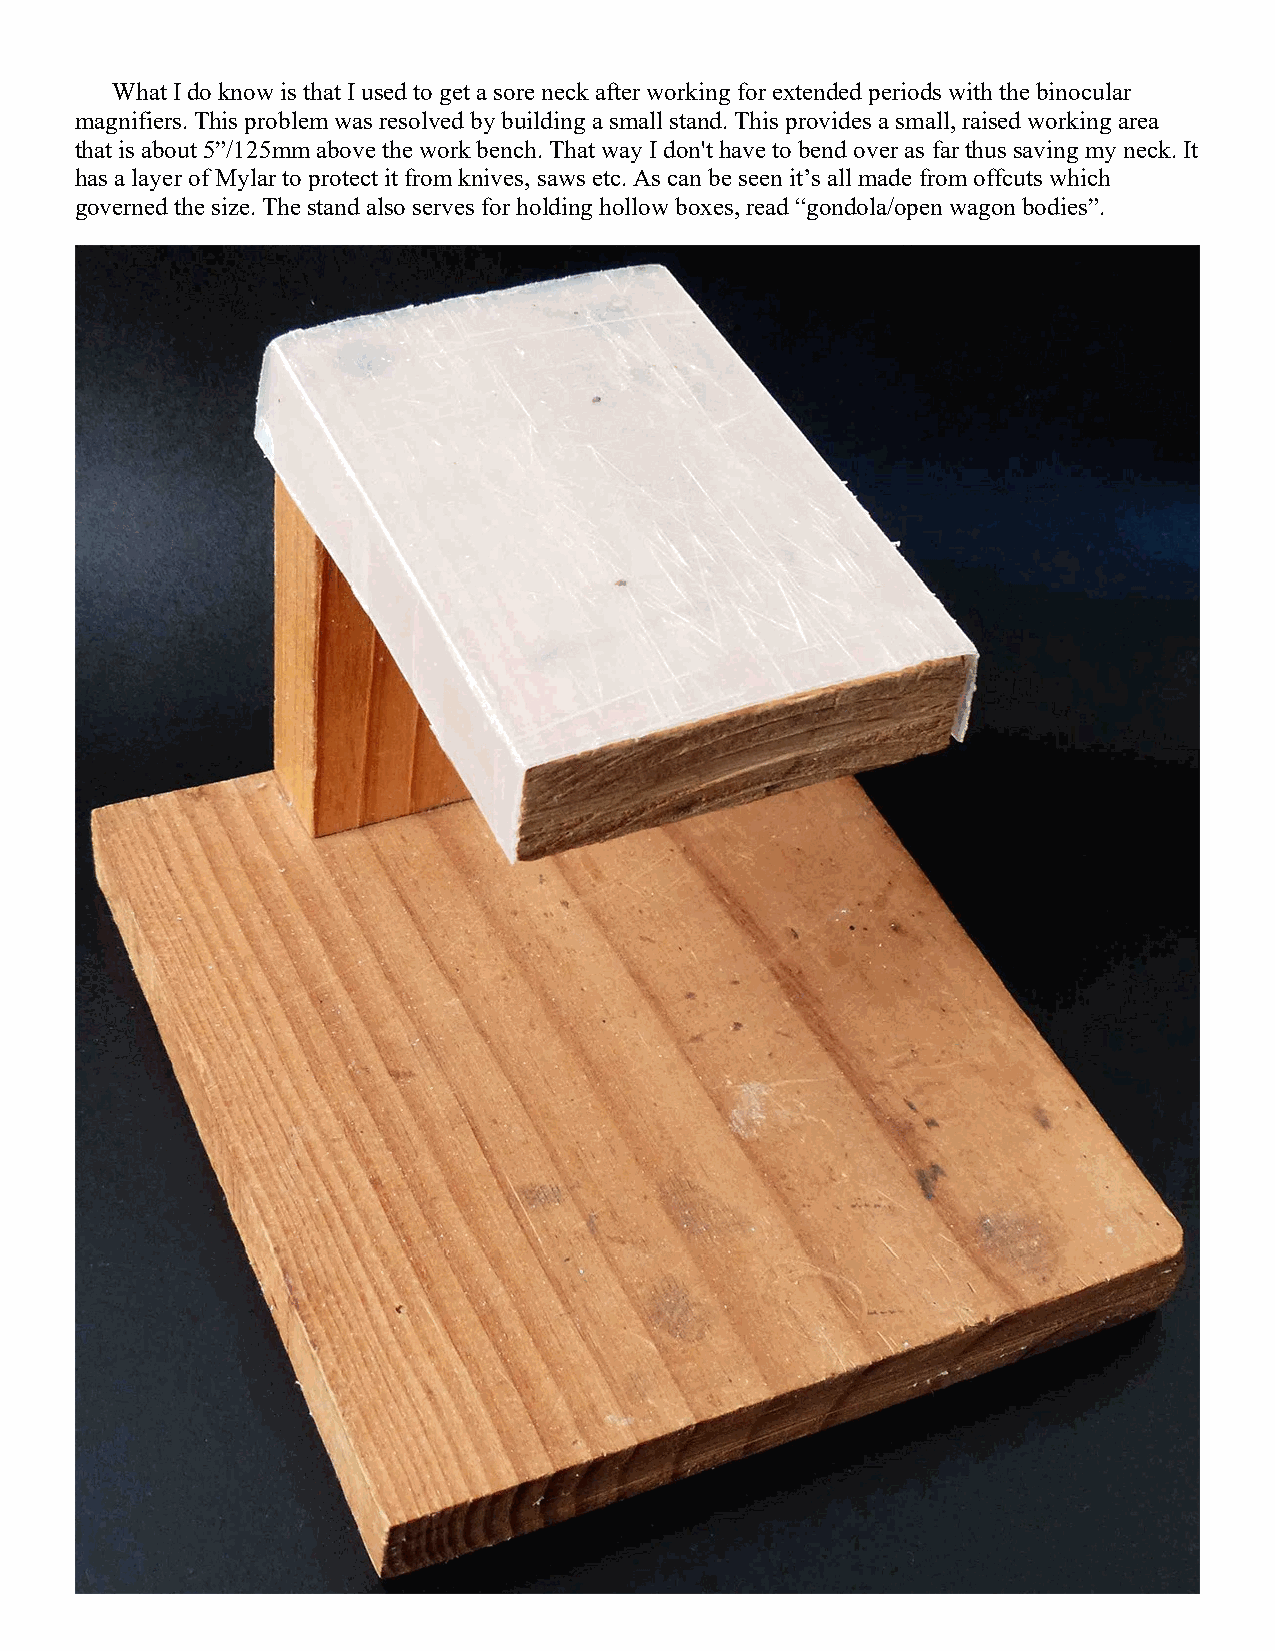
What I do know is that I used to get a sore neck after working for extended periods with the binocular
 magnifiers. This problem was resolved by building a small stand. This provides a small, raised working area
 that is about 5”/125mm above the work bench. That way I don't have to bend over as far thus saving my neck. It
 has a layer of Mylar to protect it from knives, saws etc. As can be seen it’s all made from offcuts which
 governed the size. The stand also serves for holding hollow boxes, read “gondola/open wagon bodies”.